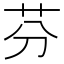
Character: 芬